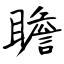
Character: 瞻